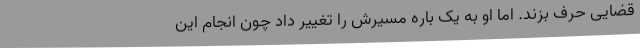
قضایی حرف بزند. اما او به یک باره مسیرش را تغییر داد چون انجام این